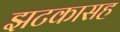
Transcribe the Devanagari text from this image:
झटकासह